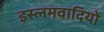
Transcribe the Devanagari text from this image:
इस्लमवादियों